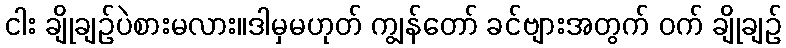
ငါး ချိုချဉ်ပဲစားမလား။ဒါမှမဟုတ် ကျွန်တော် ခင်ဗျားအတွက် ဝက် ချိုချဉ်